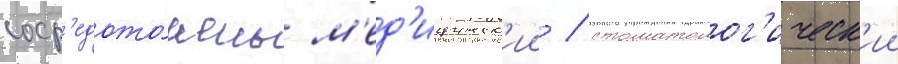
соср'едото́чены м'ед'ицинск'ии / стоматолог'ическ'ии